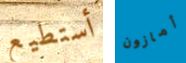
أستطيع أمازون